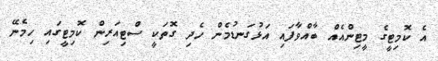
އެ ކޮމިޓީގެ މީޓިންއެއް ބާއްވާފައި އަޅުގަނޑުމެން ހެދި ގޮތަކީ ސްޓިއަރިން ކޮމިޓީގައި ހިމެނޭ